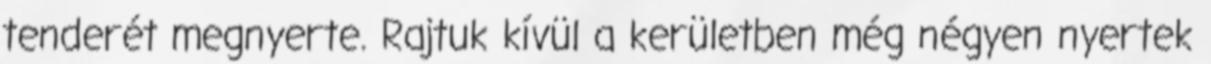
tenderét megnyerte. Rajtuk kívül a kerületben még négyen nyertek